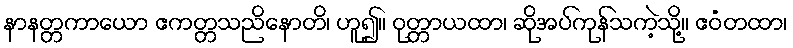
နာနတ္တကာယော ဧကတ္တသညိနောတိ၊ ဟူ၍။ ဝုတ္တာယထာ၊ ဆိုအပ်ကုန်သကဲ့သို့။ ဧဝံတထာ၊